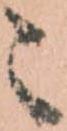
々